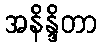
အနိန္ဒိတာ